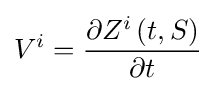
V^{i}={\frac {\partial Z^{i}\left(t,S\right)}{\partial t}}